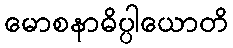
မောစနာဓိပ္ပါယောတိ